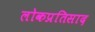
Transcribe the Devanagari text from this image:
लोकप्रतिसाद